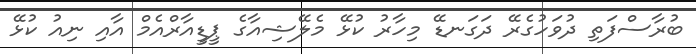
ބުރާސްފަތި ދުވަހުގެރޭ ދަގަނޑޭ މިހާރު ކުޅޭ މެލޭޝިއާގެ ޕީޑީއާރްއެމް އާއި ނިއު ކުޅޭ